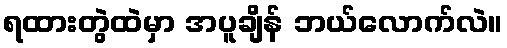
ရထားတွဲထဲမှာ အပူချိန် ဘယ်လောက်လဲ။